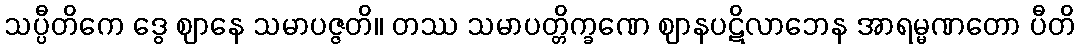
သပ္ပီတိကေ ဒွေ ဈာနေ သမာပဇ္ဇတိ။ တဿ သမာပတ္တိက္ခဏေ ဈာနပဋိလာဘေန အာရမ္မဏတော ပီတိ